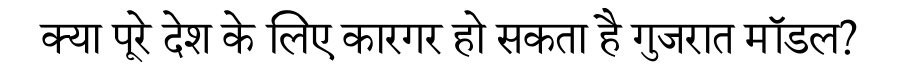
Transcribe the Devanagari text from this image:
क्या पूरे देश के लिए कारगर हो सकता है गुजरात मॉडल?